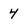
Character: 4